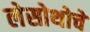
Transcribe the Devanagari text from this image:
लेसोथोचे